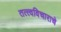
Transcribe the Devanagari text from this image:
तत्त्वविचाराचे